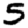
Digit: 5